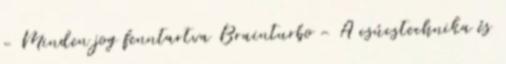
- Minden jog fenntartva Brainturbo - A csúcstechnika és